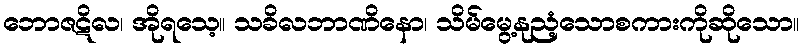
ဘောဇဋိလ၊ အိုရသေ့။ သခိလဘာဏိနော၊ သိမ်မွေ့နုညံ့သောစကားကိုဆိုသော။